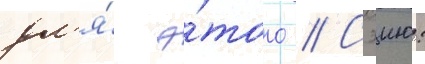
дл'я́ э́того // Сэию: